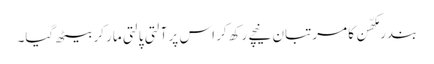
بندر مکھّن کا مرتبان نیچے رکھ کر اس پر آلتی پالتی مار کر بیٹھ گیا۔